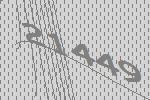
21449